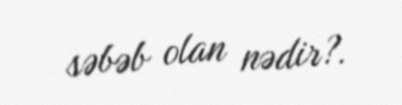
səbəb olan nədir?.